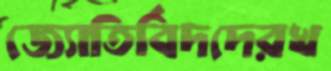
জ্যোতির্বিদদেরখ